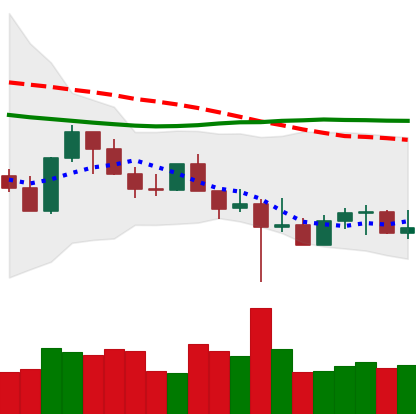
Ticker: LTC-USD
Chart end date: 2022-10-20
Forward return: 9.443%
Label: up_7plus